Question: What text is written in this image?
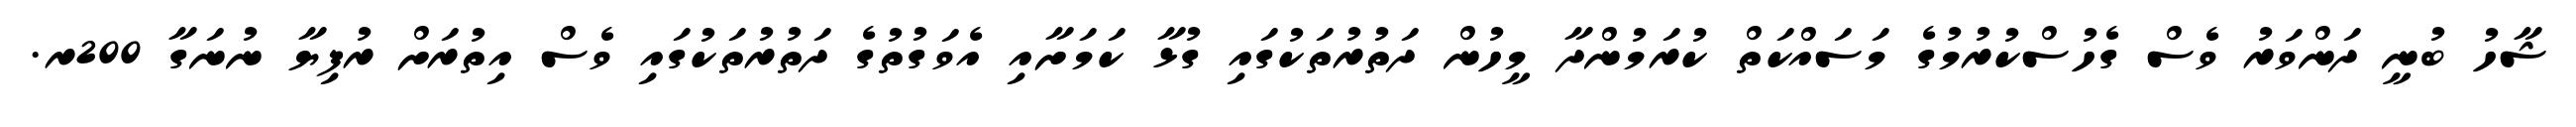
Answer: ޝާހު ބުނީ ދަންވަރު ވެސް ގެހުސްކުރުމުގެ މަސައްކަތް ކުރަމުންދާ މީހުން ދަތުރުތަކުގައި ގުޅާ ކަމަށާއި އެވަގުތުގެ ދަތުރުތަކުގައި ވެސް އިތުރަށް ރުފިޔާ ނުނަގާ 200ރ.